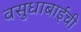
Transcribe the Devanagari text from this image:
वसुधाबाईंची